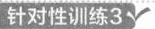
针对性训练3